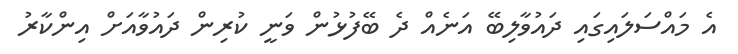
އެ މައްސަލައިގައި ދައުވާލިބޭ އަނެއް ދެ ބޭފުޅުން ވަނީ ކުރިން ދައުވާއަށް އިންކާރު